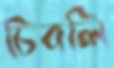
চিবলি